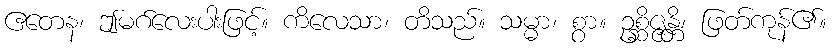
ဧတေန၊ ဤမဂ်လေးပါးဖြင့်။ ကိလေသာ၊ တိသည်။ သမ္မာ၊ စွာ။ ဥစ္ဆိဇ္ဇန္တိ၊ ဖြတ်ကုန်၏။